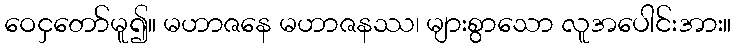
ဝေငှတော်မူ၍။ မဟာဇနေ မဟာဇနဿ၊ များစွာသော လူအပေါင်းအား။